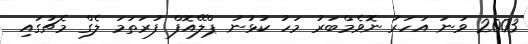
2003 ވަނަ އަހަރު ނޮވެމްބަރު މަހު ކުޅުނު ޕްލޭއޮފް ފުރަތަމަ ލެގް މެޗުގައި